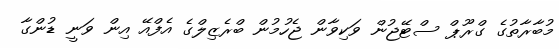
މުބާރާތުގެ ގްރޫޕް ސްޓޭޖުން ވަކިވާން ޖެހުމުން ބްރެޒިލްގެ އެފްއޭ އިން ވަނީ ޑުންގާ